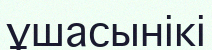
ұшасынікі